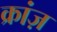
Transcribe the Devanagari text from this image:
क्रांज़